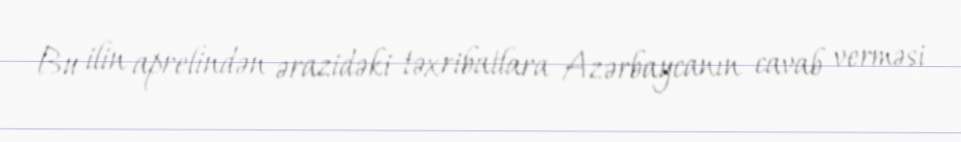
Bu ilin aprelindən ərazidəki təxribatlara Azərbaycanın cavab verməsi